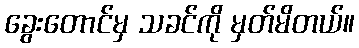
ခွေးတောင်မှ သခင်ကို မှတ်မိတယ်။